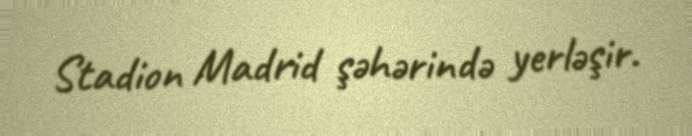
Stadion Madrid şəhərində yerləşir.